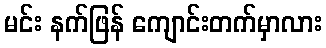
မင်း နက်ဖြန် ကျောင်းတက်မှာလား